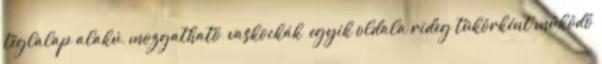
téglalap alakú, mozgatható „vaskockák” egyik oldala rideg tükörként működő